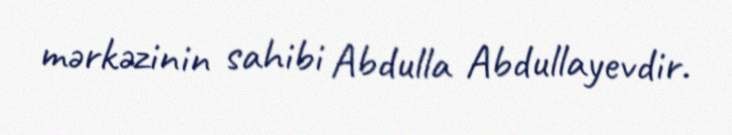
mərkəzinin sahibi Abdulla Abdullayevdir.